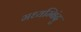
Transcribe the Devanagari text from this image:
मध्यम्बिंदु